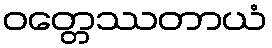
ဝတ္တေဿတာယံ